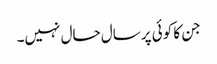
جن کا کوئی پرسال حال نہیں۔